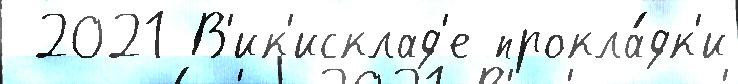
 2021 В'ик'исклад'е прокла́дк'и